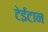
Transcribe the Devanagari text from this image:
टेईटान